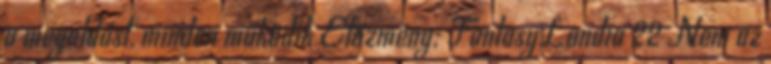
a megoldást, minden működik Előzmény: FantasyLandia 22 Nem az